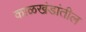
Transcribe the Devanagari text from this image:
काळखंडांतील